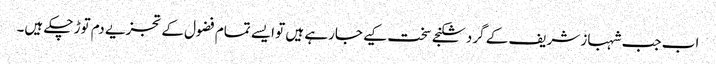
اب جب شہباز شریف کے گرد شکنجے سخت کیے جارہے ہیں تو ایسے تمام فضول کے تجزیے دم توڑ چکے ہیں۔